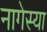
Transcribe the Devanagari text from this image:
नागेस्या